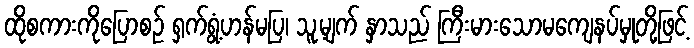
ထိုစကားကိုပြောစဉ် ရှက်ရွံ့ဟန်မပြ၊ သူ့မျက် နှာသည် ကြီးမားသောမကျေနပ်မှုတို့ဖြင့်